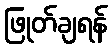
ဖြုတ်ချရန်